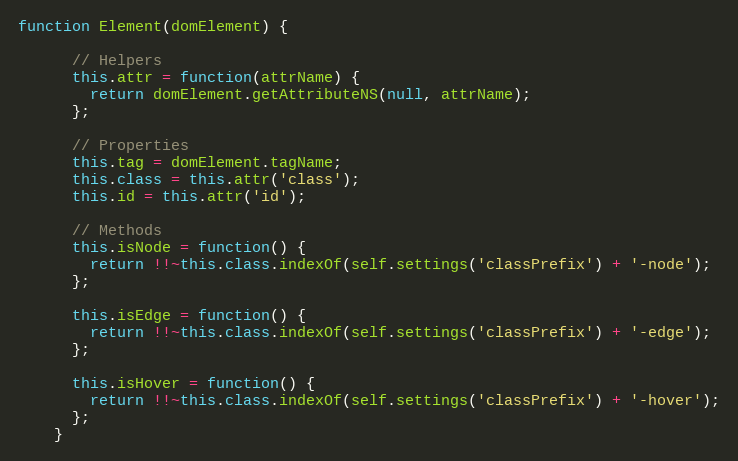
Language: JavaScript
function Element(domElement) {

      // Helpers
      this.attr = function(attrName) {
        return domElement.getAttributeNS(null, attrName);
      };

      // Properties
      this.tag = domElement.tagName;
      this.class = this.attr('class');
      this.id = this.attr('id');

      // Methods
      this.isNode = function() {
        return !!~this.class.indexOf(self.settings('classPrefix') + '-node');
      };

      this.isEdge = function() {
        return !!~this.class.indexOf(self.settings('classPrefix') + '-edge');
      };

      this.isHover = function() {
        return !!~this.class.indexOf(self.settings('classPrefix') + '-hover');
      };
    }